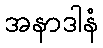
အနာဒါနံ